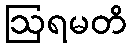
ဩရမတိ